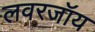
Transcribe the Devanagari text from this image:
लवरजॉय